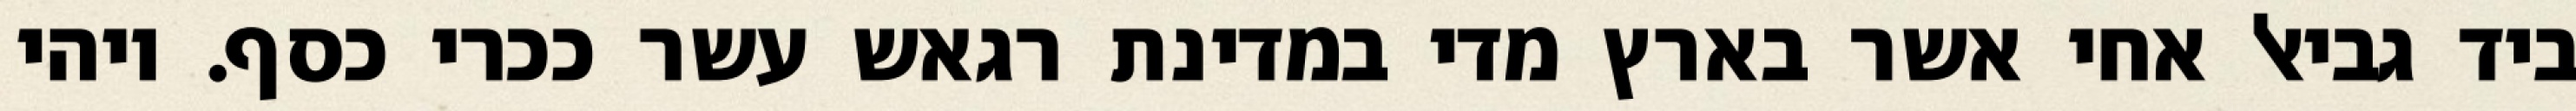
ביד גביאל אחי אשר בארץ מדי במדינת רגאש עשר ככרי כסף. ויהי